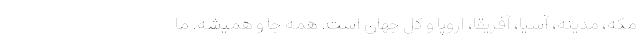
مکه، مدینه، آسیا، آفریقا، اروپا و کل جهان است. همه جا و همیشه. ما